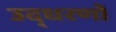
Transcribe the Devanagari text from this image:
उद्‍धरणों